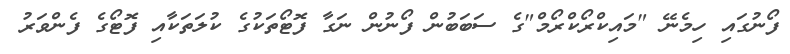
ފޯނުގައި ހިމެނޭ "މައިކްރޯކްރޯމް"ގެ ސަބަބުން ފޯނުން ނަގާ ފޮޓޯތަކުގެ ކުލަތަކާއި ފޮޓޯގެ ފެންވަރު